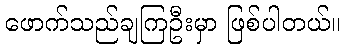
ဖောက်သည်ချကြဦးမှာ ဖြစ်ပါတယ်။